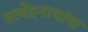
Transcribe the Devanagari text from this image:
सत्येंद्रनाथांना